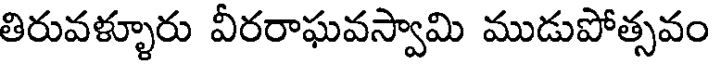
తిరువళ్ళూరు వీరరాఘవస్వామి ముడుపోత్సవం